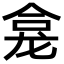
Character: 龛